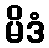
မိဒံ